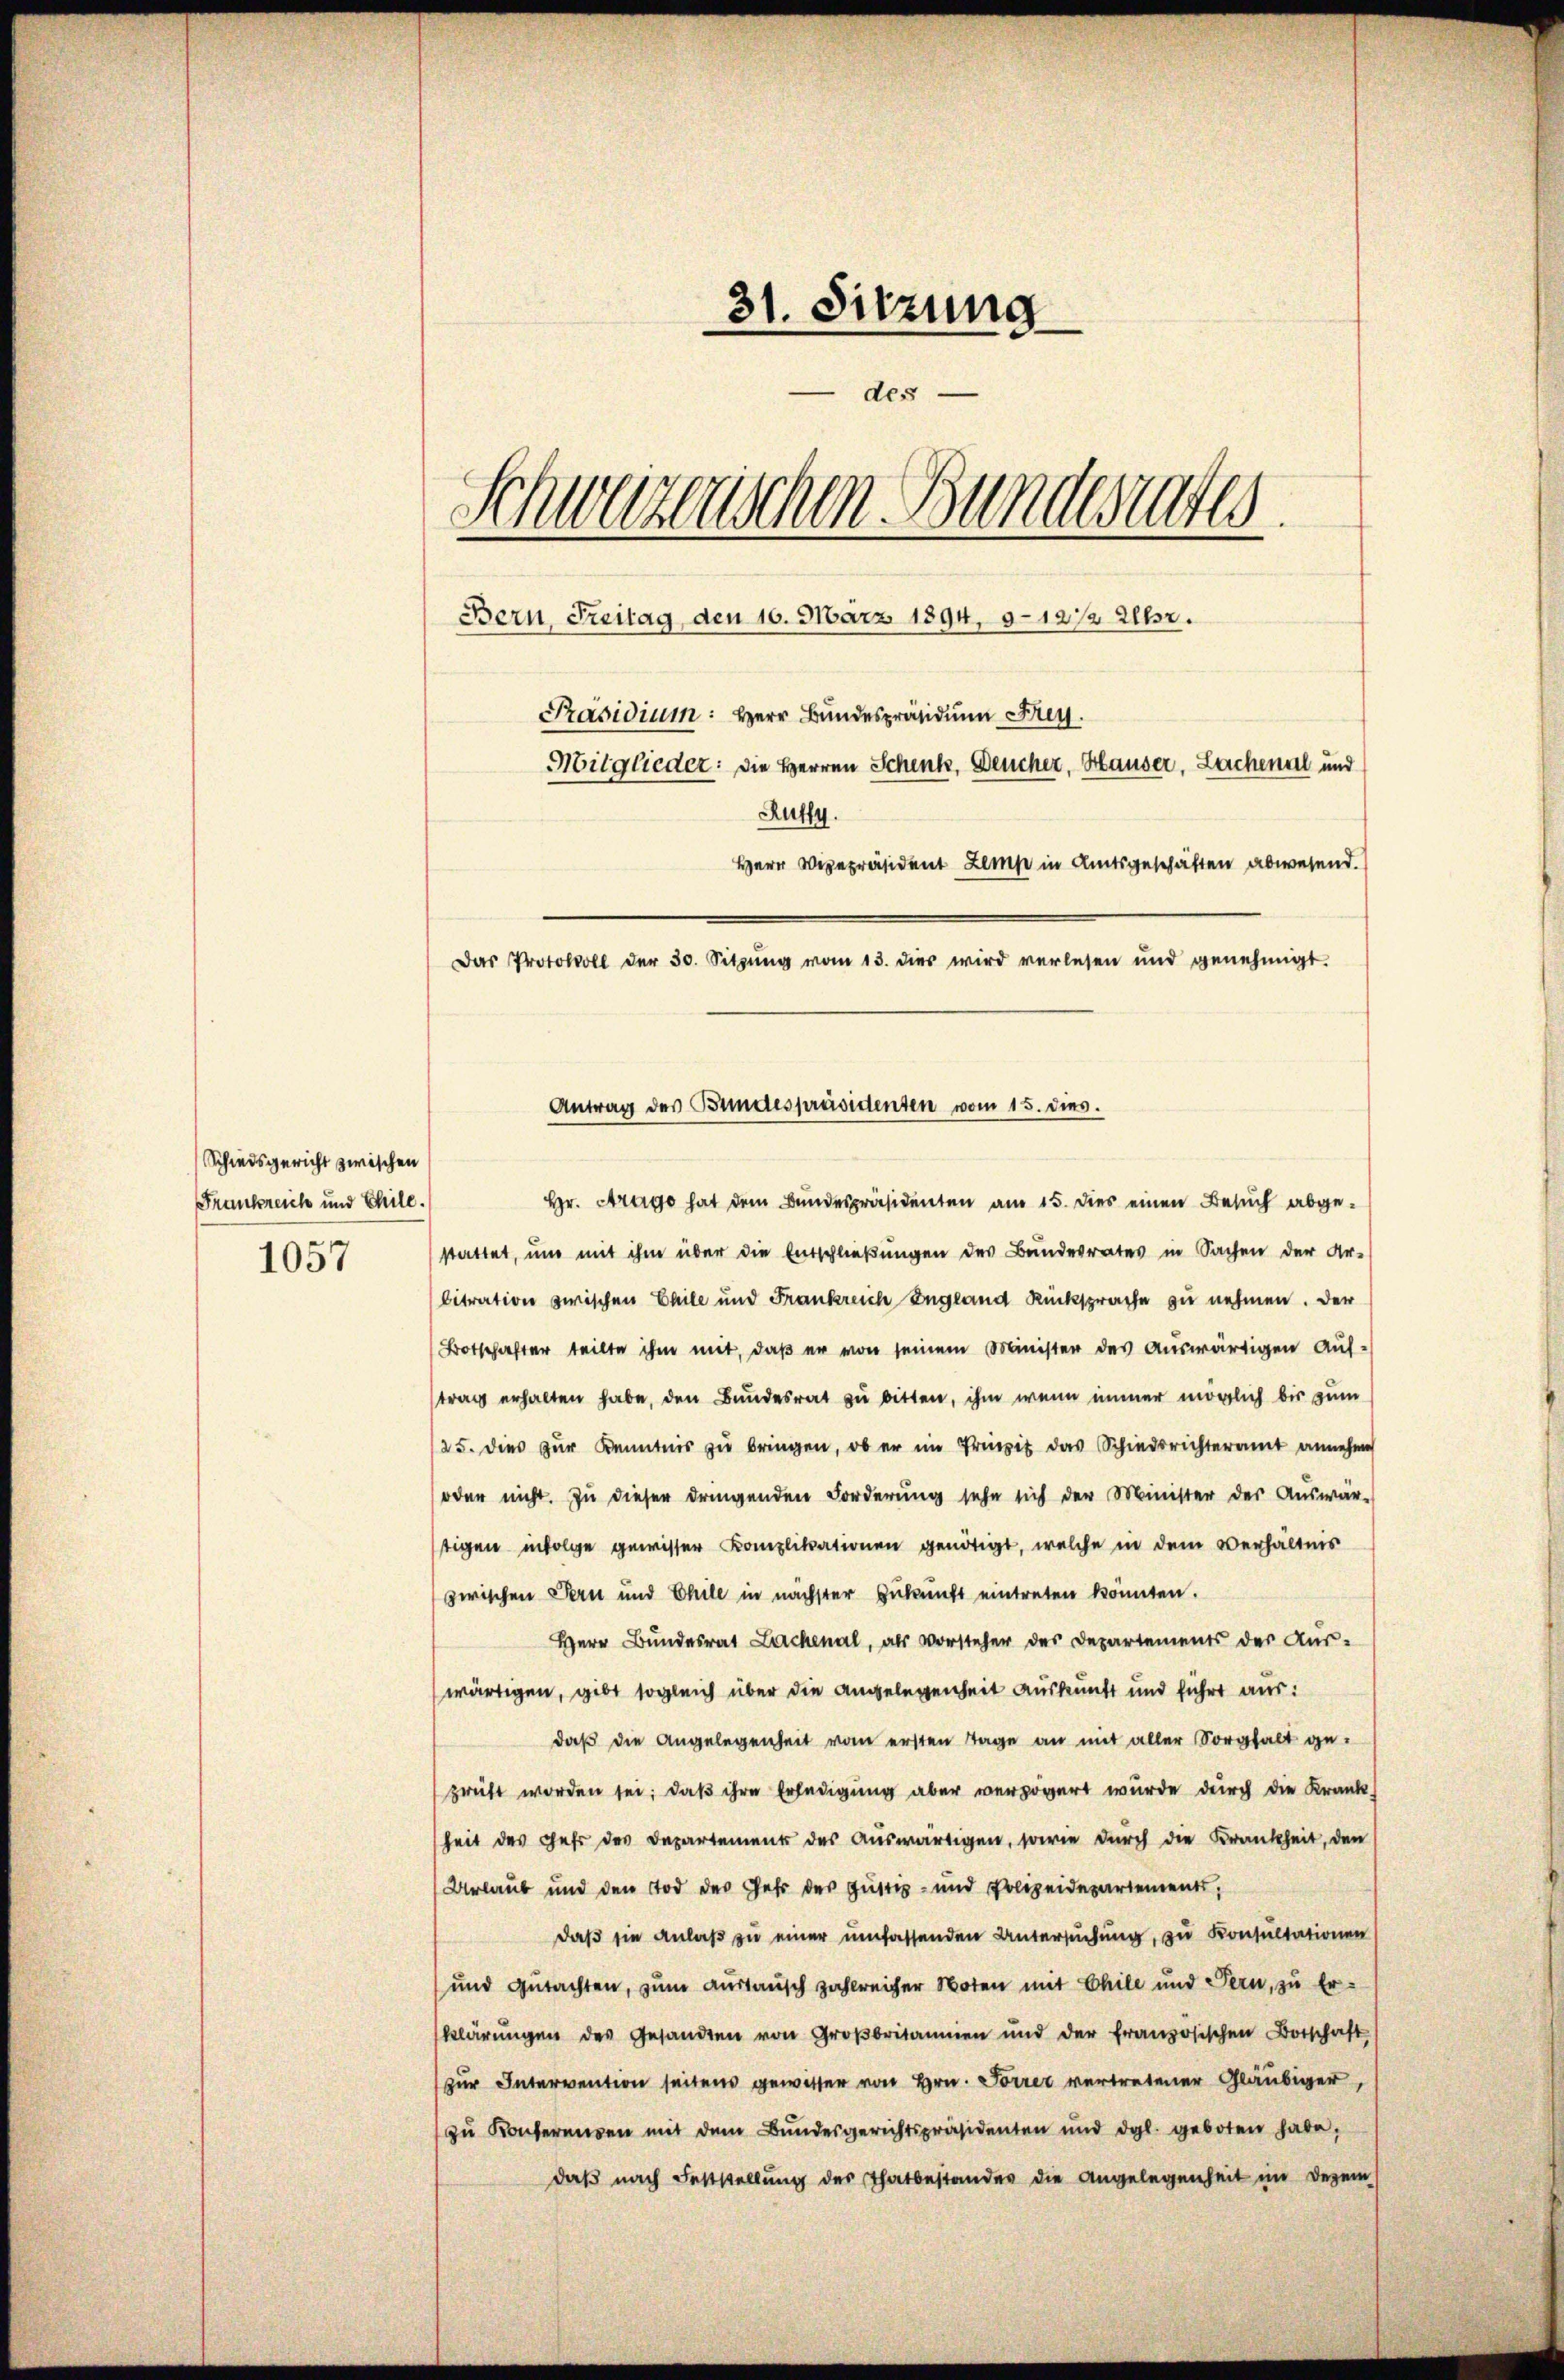
Schiedsgericht zwischen
Frankreich und Chile.
1057

31. Sitzung
des
Schwarzenschen Bundesrates
Bern, Freitag, den 10. März 1894, 312 1/2 Uhr.
Präsidium: Herr Bundespräsidium Frey.
Mitglieder: die Herren Schenk, Deucher, Hauser, Lachenal und
Rutty
Herr Vizepräsident Lamp in Amtsgeschäften abwesend.
Das Protokoll der 30. Sitzŭng vom 13. dies wird verlesen und genehmigt.

Antrag des Bundespräsidenten vom 15. dies.

Hr. Arago hat dem Bundespräsidenten am 15. dies einen Besuch abgestattet, und mit ihm über die Entschließungen des Bundesrates in Sachen der Ar-
bitration zwischen Chile und Frankreich England Rücksprache zu nehmen. Der
Botschafter teilte ihm mit, daß er von seinem Minister des auswärtigen Auf-
trag erhalten habe, den Bundesrat zu bitten, ihm wenn immer möglich bis zum
25. dies zŭr Kenntnis zŭ bringen, ob er im Prinzit das Schiedsrichteramt annehme
oder nicht. Zu dieser dringenden Forderung sehe sich der Minister der Auswär-
tigen infolge gewisser Komplikationen genötigt, welche in dem Verhältnis
zwischen Pern und Chile in nächster Zukunft eintreten könnten.
Herr Bŭndesrat Lachenal, als Vorsteher des Departements der Aŭs-
wärtigen, gibt sogleich über die Angelegenheit Auskunft und führt aus:
daß die Angelegenheit vom ersten Tage an mit aller Sorgfalt geprüft worden sei; daß ihre Erledigung aber verzögert wurde durch die Krank-
heit des Fehr der Departement des auswärtigen, sowie durch die Krankheit, den
Urlaub und den Tod des Jahr des Güttis- und Polizeidepartements,
daß sie anlaß zu einer umfassenden Untersuchung, zu Konsultationen
und Gutachten, zum Austausch zahlreicher Noten mit Chile und Pern, zu Erklärŭngen des Gesandten von Groβbritannien und der französischen Botschaft
zur Intervention seitens gewisser von Hrn. Torrer vertretener Gläubiger,
zŭ Konferenzen mit dem Bŭndesgerichtspräsidenten und dgl. geboten habe.
daß nach Fettstellung des Thatbestandes die Angelegenheit im Dezem